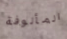
المألوفة